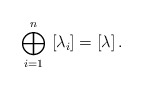
\begin{align*}\bigoplus_{i=1}^n \,\, [\lambda_i] = [\lambda] \,.\end{align*}